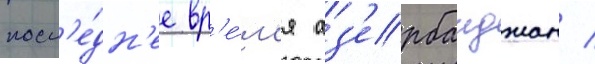
посл'е́дн'ее вр'е́м'я аз'ербаиджан /